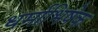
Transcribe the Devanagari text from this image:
धर्माभिषेक